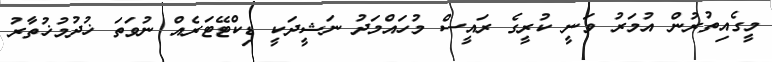
މީގެއިތުރުން އުމަރު ވަނީ ކުރީގެ ރައީސް މުހައްމަދު ނަޝީދަކީ ޑިކްޓޭޓަރެއް ނުވަތަ ޚުދުމުޚުތާރު